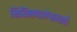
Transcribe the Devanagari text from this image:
क्षितिमण्डलेश्वरशतैः